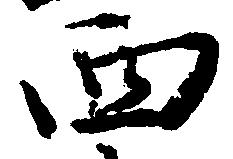
西